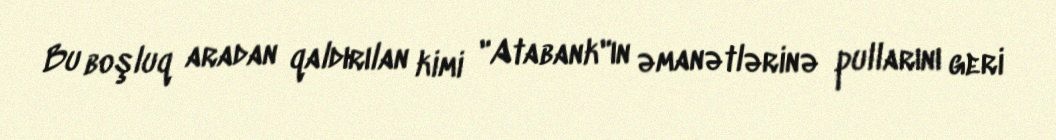
Bu boşluq aradan qaldırılan kimi "Atabank"ın əmanətlərinə pullarını geri